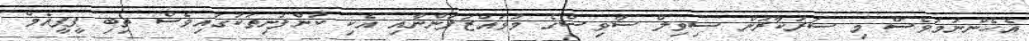
އެހެންނަމަވެސް މި ސަރުކާރުން ސިވިލް ސާވިސްގެ މުވައްޒަފުންނާއި އެކި ކުންފުނިތަކުގައިވެސް ތިބި ޕީޕީއެމް